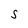
Character: S